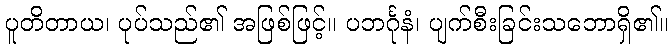
ပူတိတာယ၊ ပုပ်သည်၏ အဖြစ်ဖြင့်။ ပဘင်္ဂုနံ၊ ပျက်စီးခြင်းသဘောရှိ၏။